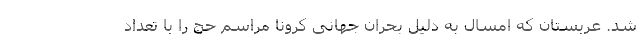
شد. عربستان که امسال به دلیل بحران جهانی کرونا مراسم حج را با تعداد